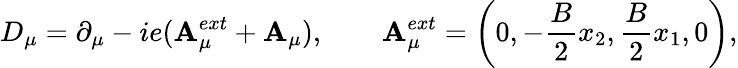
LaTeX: D_{\mu}=\partial_{\mu}-ie(\mathbf{A}_{\mu}^{ext}+\mathbf{A}_{\mu}),\qquad\mathbf{A}_{\mu}^{ext}=\left(0,-\frac{{B}}{{2}}x_{2},\frac{{B}}{{2}}x_{1},0\right),